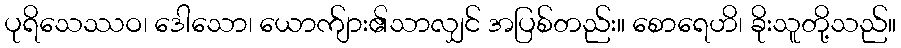
ပုရိသေဿဝ၊ ဒေါသော၊ ယောက်ျား၏သာလျှင် အပြစ်တည်း။ စောရေဟိ၊ ခိုးသူတို့သည်။